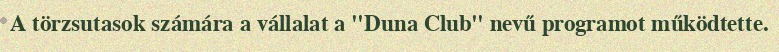
A törzsutasok számára a vállalat a "Duna Club" nevű programot működtette.